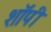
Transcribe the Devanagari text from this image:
शाॅपी